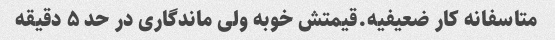
متاسفانه کار ضعیفیه.قیمتش خوبه ولی ماندگاری در حد ۵ دقیقه